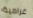
غرامية